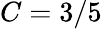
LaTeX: C=3/5